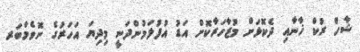
ޝާހް ރުކް ޚާނާއި ދެކޮޅަށް މުޒާހަރާކޮށް އަޑު އުފުލަމުންދަނީ މިދިޔަ އަހަރުގެ ނޮވެމްބަރ